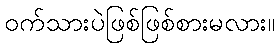
ဝက်သားပဲဖြစ်ဖြစ်စားမလား။